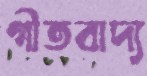
গীতবাদ্য